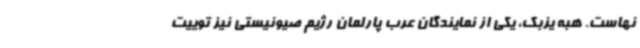
نهاست. هبه یزبک، یکی از نمایندگان عرب پارلمان رژیم صیونیستی نیز توییت